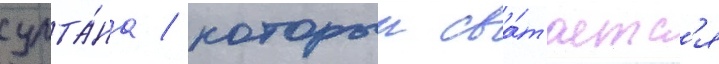
султа́на / которыи сва́таетс'я